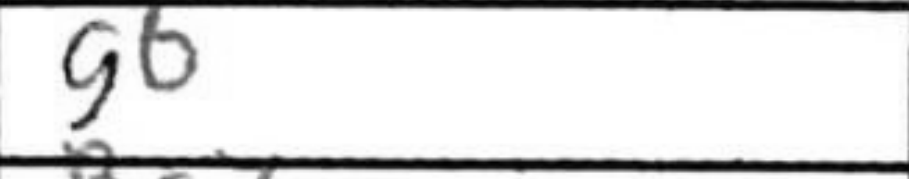
Transcription: g6